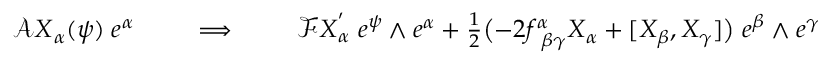
\begin{array} { r } { \mathcal { A } \= X _ { \alpha } ( \psi ) \; e ^ { \alpha } \qquad \implies \qquad \mathcal { F } \= X _ { \alpha } ^ { ' } \; e ^ { \psi } \wedge e ^ { \alpha } + \frac { 1 } { 2 } \bigl ( - 2 f _ { \ \beta \gamma } ^ { \alpha } X _ { \alpha } + [ X _ { \beta } , X _ { \gamma } ] \bigr ) \; e ^ { \beta } \wedge e ^ { \gamma } } \end{array}